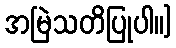
အမြဲသတိပြုပါ။]